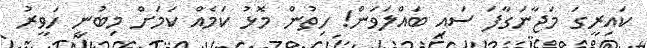
ކައިރީގަ މަޖާނަގާފަ ސައި ބައްލަވަން! ހިތުން މޮޅު ކަމެއް ކަމަށް މިބުނީ ހަވީރު